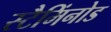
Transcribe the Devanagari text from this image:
स्टैमिंनोड